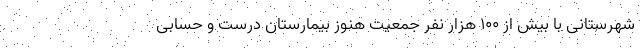
شهرستانی با بیش از 100 هزار نفر جمعیت هنوز بیمارستان درست و حسابی